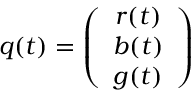
q ( t ) = \left( \begin{array} { c } { r ( t ) } \\ { b ( t ) } \\ { g ( t ) } \end{array} \right)